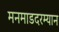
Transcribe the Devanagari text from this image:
मनमाडदरम्यान